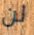
لن